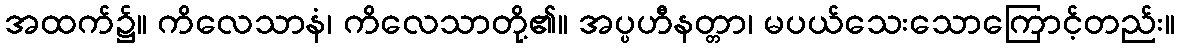
အထက်၌။ ကိလေသာနံ၊ ကိလေသာတို့၏။ အပ္ပဟီနတ္တာ၊ မပယ်သေးသောကြောင့်တည်း။